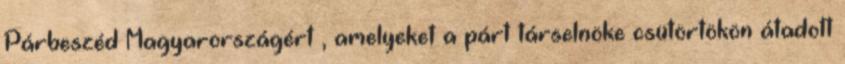
Párbeszéd Magyarországért , amelyeket a párt társelnöke csütörtökön átadott